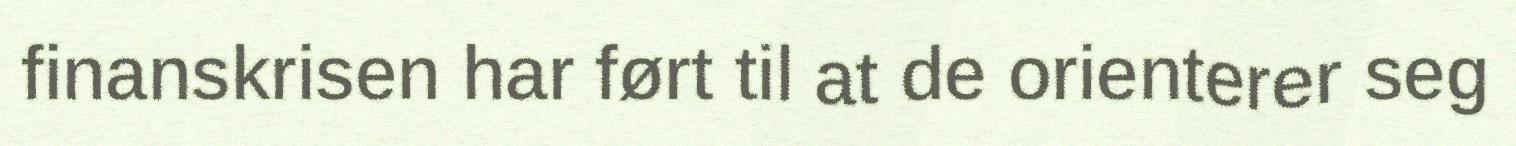
finanskrisen har ført til at de orienterer seg